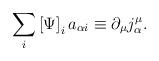
LaTeX: \begin{align*}\sum_{i}\left[ \Psi \right] _{i}a_{\alpha i}\equiv \partial _{\mu }j_{\alpha}^{\mu }.\end{align*}